Vaccination in Bombay 1889-1901 - 1889-1901
Year: 1889
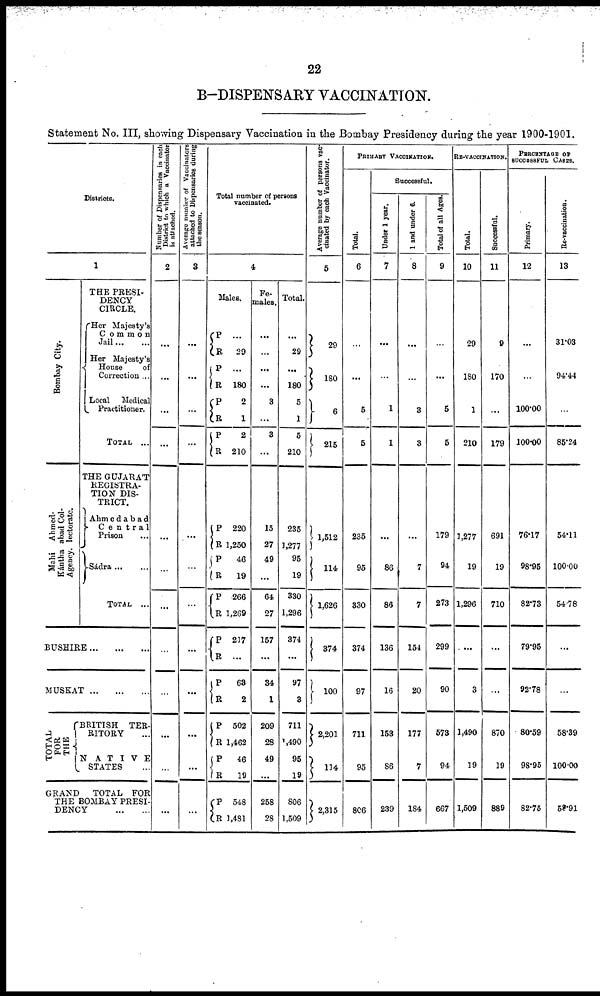
22
B—DISPENSARY VACCINATION.
Statement No. III, showing Dispensary Vaccination in the Bombay Presidency during the year 1900-1901.
Districts.
1
Bombay City.
Ahmed¬
abad Col¬
lectorate.
Mahi
Kántha
Agency.
THE PRESI¬
---CY
CIRCLE.
Her Majesty's
Common
Jail ... ...
Her Majesty's
House
of
Correction ...
Local Medical
Practitioner.
TOTAL ...
THE GUJARÁT
REGISTRA-
TION DIS-
TRICT.
Ahmedabad
Central
Prison
Sádra ... ...
TOTAL ...
BUSHIRE
...
...
...
MUSKAT ... ... ...
TOTAL
FOR
THE
BRITISH TER-
RITORY ...
NATIVE
STATES ...
GRAND
TOTAL FOR
THE BOMBAY PRESI-
DENCY
...
...
Number of Dispensaries in each
District to which a Vaccinator
in attached.
2
...
...
...
...
...
...
...
...
...
...
...
...
Average number of Vaccinators
attached to Dispensaries during
the season.
3
...
...
...
...
...
...
...
...
...
...
...
...
Total number of persons
vaccinated.
4
Males.
P
R
P
R
P
R
P
R
P
R
P
R
P
R
P
R
P
R
P
R
P
R
P
R
...
29
...
180
2
1
2
210
220
1,250
46
19
266
1,269
217
...
63
2
502
1,462
46
19
548
1,481
Fe-
males.
...
...
...
...
3
...
3
...
15
27
49
...
64
27
157
...
34
1
209
28
49
...
258
28
Total.
...
29
...
180
5
1
5
210
235
1,277
95
19
330
1,296
374
...
97
3
711
1,490
95
19
806
1,509
Average number of persons vac-
cinated by each Vaccinator.
5
29
180
6
215
1,512
114
1,626
374
100
2,201
114
2,315
PRIMARY VACCINATION.
Total.
6
...
...
5
5
235
95
330
374
97
711
95
806
Successful.
Under 1 year.
7
...
...
1
1
...
86
86
136
16
153
86
239
1 and under 6.
8
...
...
3
3
...
7
7
154
20
177
7
184
Total of all Ages.
9
...
...
5
5
179
94
273
299
90
573
94
667
RE-VACCINATION.
Total.
10
29
180
1
210
1,277
19
1,296
...
3
1,490
19
1,509
Successful.
11
9
170
...
179
691
19
710
...
...
870
19
889
PERCENTAGE OF
SUCCESSFUL CASES.
Primary.
12
...
...
100.00
100.00
76.17
98.95
82.73
79.95
92.78
80.59
98.95
82.75
Re-vaccination.
13
31.03
94.44
...
85.24
54.11
100.00
54.78
...
...
58.39
100.00
58.91